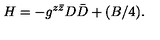
H = - g ^ { z \bar { z } } D \bar { D } + ( B / 4 ) .